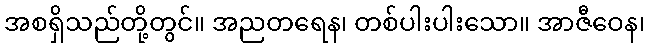
အစရှိသည်တို့တွင်။ အညတရေန၊ တစ်ပါးပါးသော။ အာဇီဝေန၊